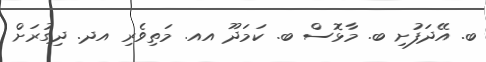
ބ. އޭދަފުށި ބ. މާޅޮސް ބ. ކަމަދޫ އއ. މަތިވެރި އދ. ދިގުރަށް